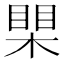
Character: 𪳐